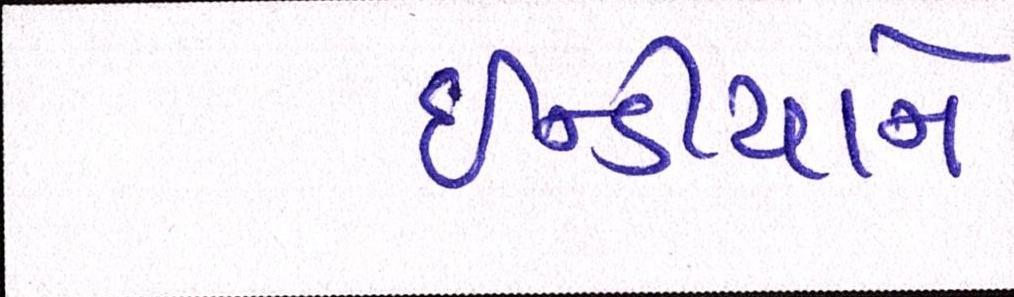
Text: ઈન્ડીયાને